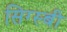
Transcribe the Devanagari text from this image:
सिग्स्बी